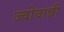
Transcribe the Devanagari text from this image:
ज्वोवान्नी